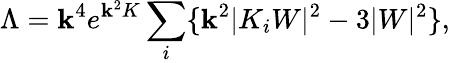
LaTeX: \Lambda=\mathbf{k}^{4}e^{\mathbf{k}^{2}K}\sum_{i}\{ \mathbf{k}^{2}|K_{i}W|^{2}-3|W|^{2}\} ,